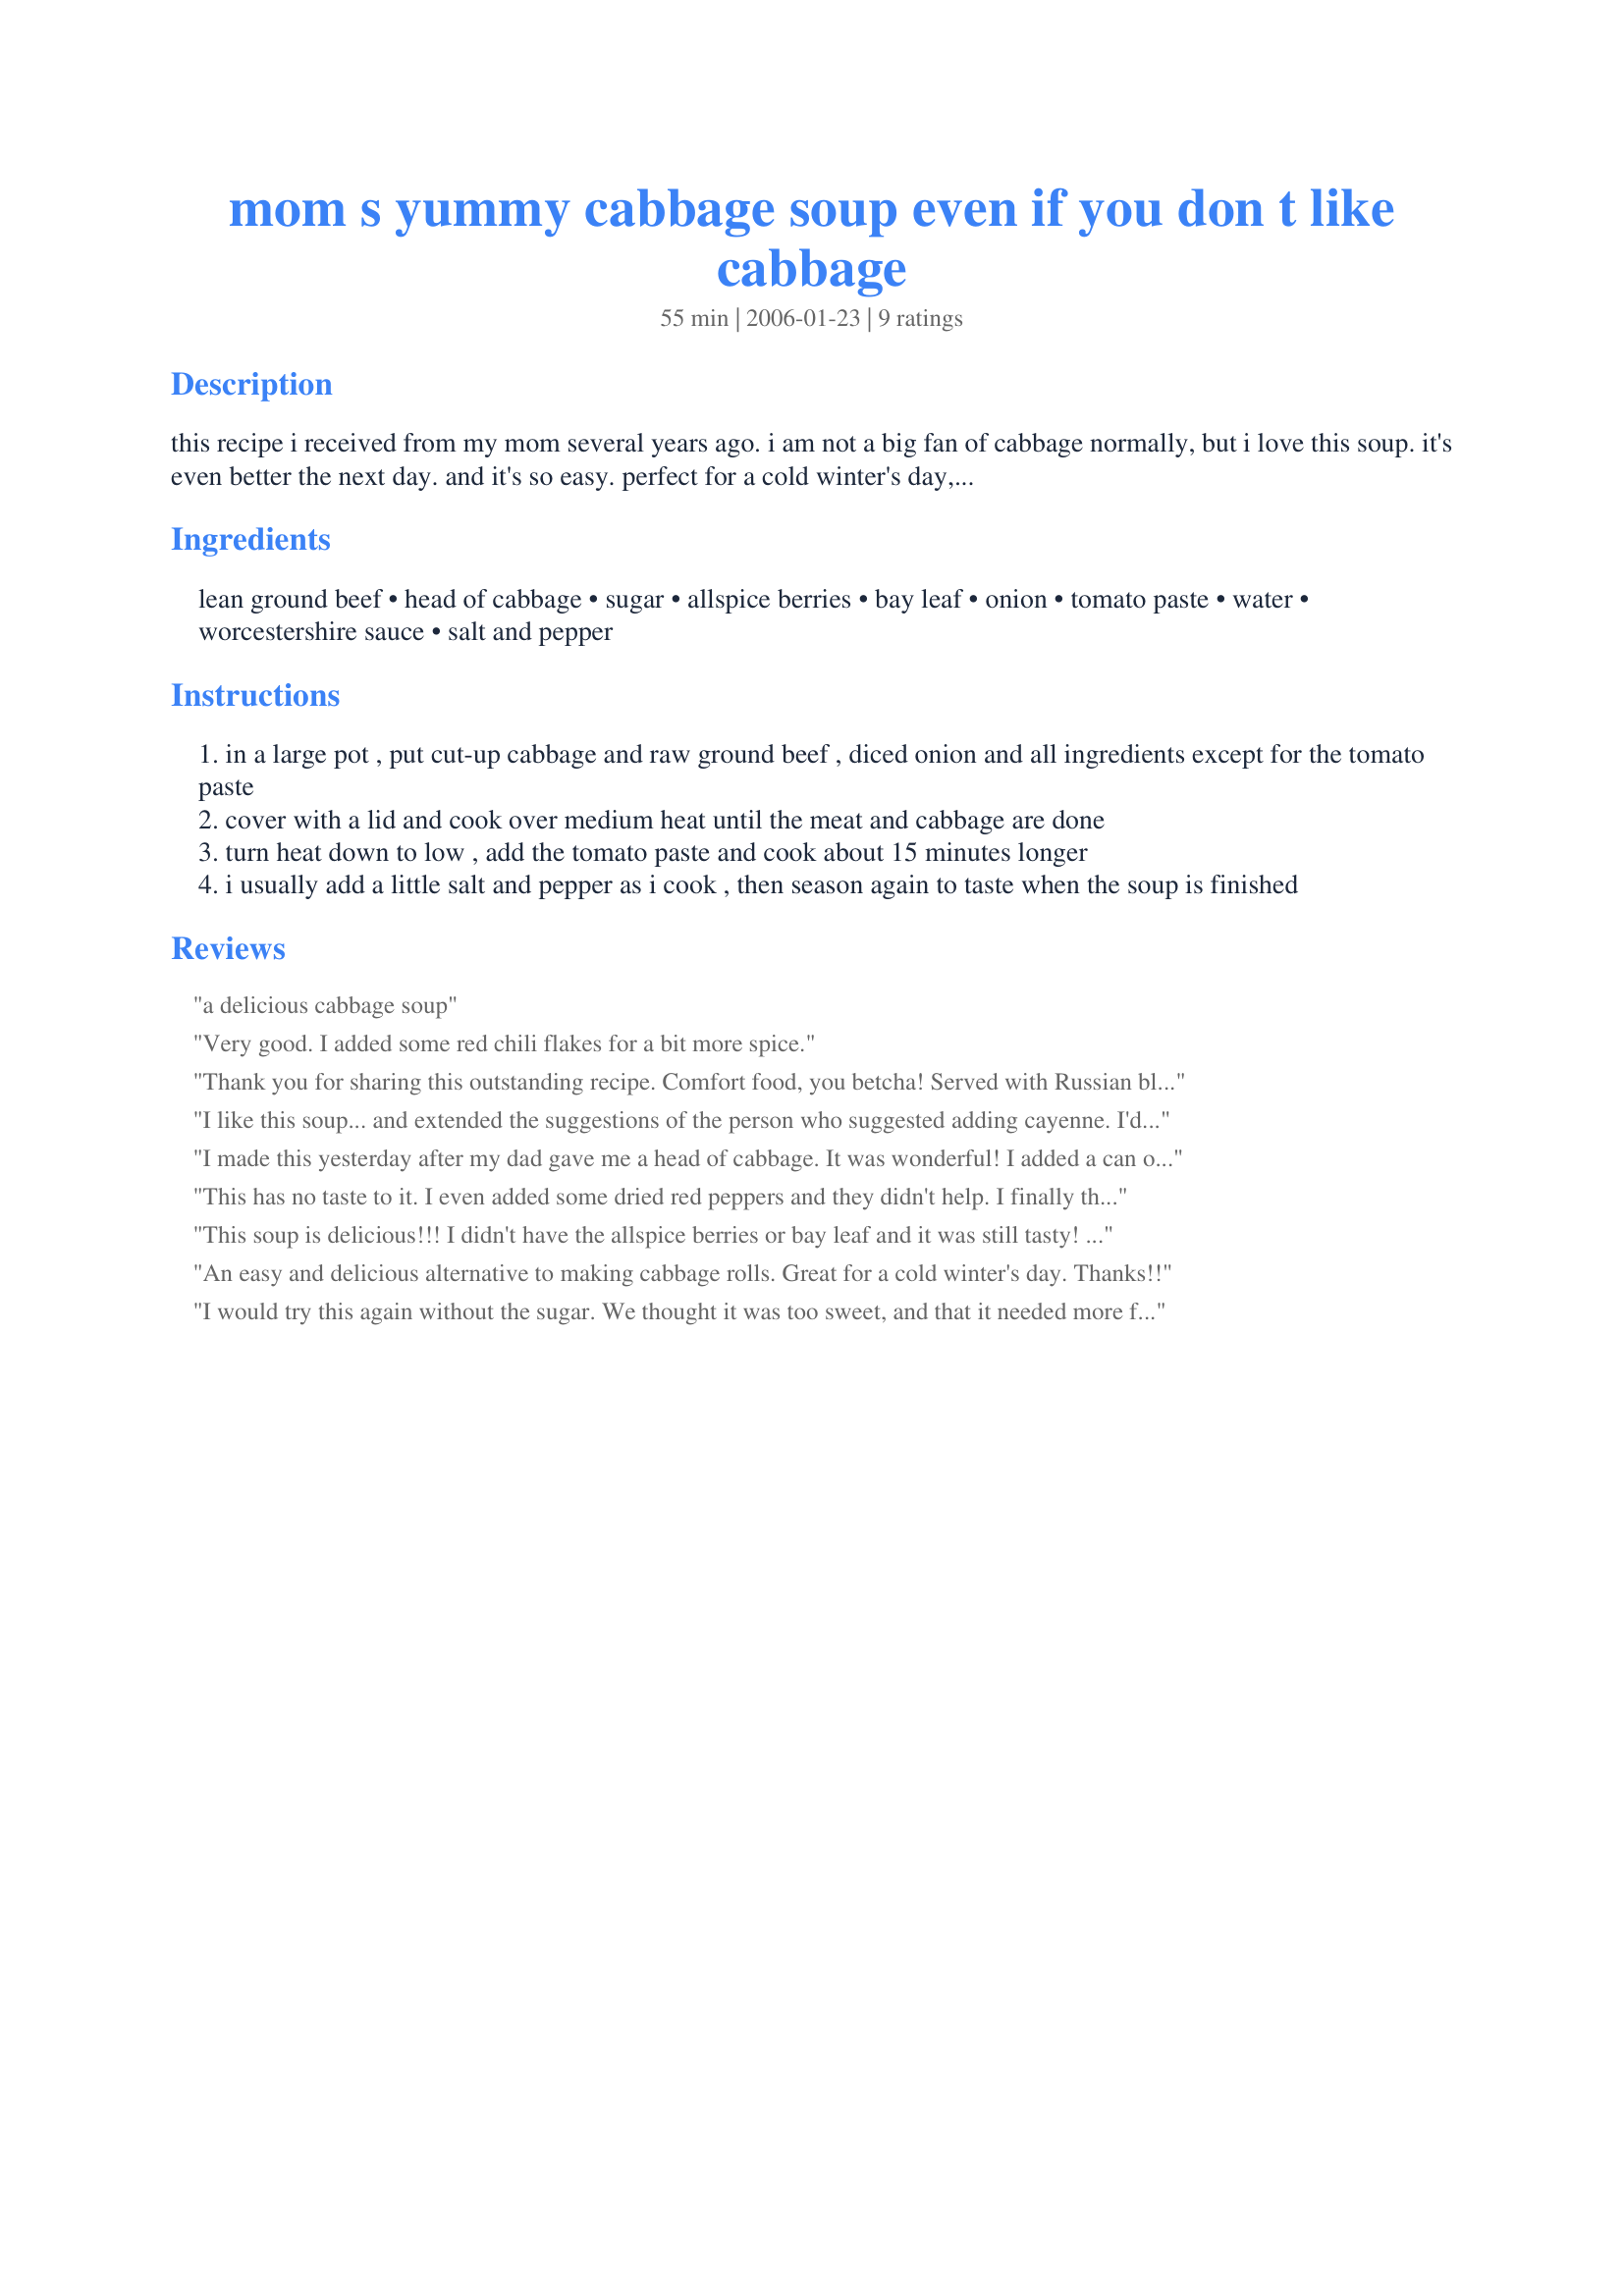
mom s yummy cabbage soup even if you don t like cabbage
Preparation time: 55 minutes

this recipe i received from my mom several years ago. i am not a big fan of cabbage normally, but i love this soup. it's even better the next day. and it's so easy. perfect for a cold winter's day, wonderful with a salad and some good hot bread.

Ingredients:
lean ground beef, head of cabbage, sugar, allspice berries, bay leaf, onion, tomato paste, water, worcestershire sauce, salt and pepper

Steps:
in a large pot , put cut-up cabbage and raw ground beef , diced onion and all ingredients except for the tomato paste
cover with a lid and cook over medium heat until the meat and cabbage are done
turn heat down to low , add the tomato paste and cook about 15 minutes longer
i usually add a little salt and pepper as i cook , then season again to taste when the soup is finished

Reviews:
a delicious cabbage soup
Very good. I added some red chili flakes for a bit more spice.
Thank you for sharing this outstanding recipe. Comfort food, you betcha! Served with Russian black bread spread with lite sour cream and sweet onions, it brings the Balkans to my Missouri kitchen.

Very easy to make. Better as it ages one or two days in the fridge.
I like this soup... and extended the suggestions of the person who suggested adding cayenne. I'd also like to add caraway seeds, but don't have any at moment.
A google search revealed that "Herbs which compliment cabbage are: basil, caraway, cayenne, cumin, dill, fennel , marjoram, sage and savory." I might try some others next time.
I made this yesterday after my dad gave me a head of cabbage. It was wonderful! I added a can of diced tomatoes and a few dashes of cayenne pepper. The only change I would make to the original is a little less sugar. I will share this with others and make it again!
This has no taste to it. I even added some dried red peppers and they didn't help. I finally threw it away.
This soup is delicious!!! I didn't have the allspice berries or bay leaf and it was still tasty! You're right, even if you don't care for cabbage... you will love this soup!
An easy and delicious alternative to making cabbage rolls. Great for a cold winter's day. Thanks!!
I would try this again without the sugar. We thought it was too sweet, and that it needed more flavor. I added italian seasoning at the end, but it still needed something more. On the plus side, it's very easy.
